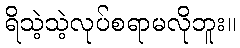
ရိသဲ့သဲ့လုပ်စရာမလိုဘူး။